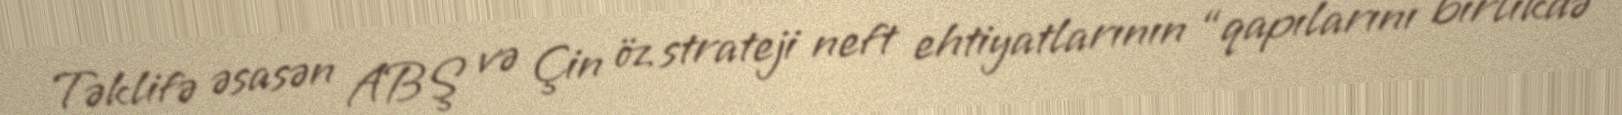
Təklifə əsasən ABŞ və Çin öz strateji neft ehtiyatlarının “qapılarını birlikdə